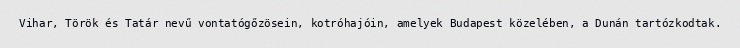
Vihar, Török és Tatár nevű vontatógőzösein, kotróhajóin, amelyek Budapest közelében, a Dunán tartózkodtak.